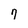
Character: 9